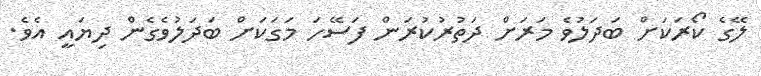
ލޭގެ ކޯރަކަށް ބަދަލުވެ މަރަށް ދަތުރުކުރަން ފަސޭހަ މަގަކަށް ބަދަލުވެގެން ދިޔައީ އެވެ.